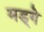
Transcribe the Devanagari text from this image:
मड्गे